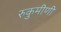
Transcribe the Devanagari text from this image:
रुकुमीणी